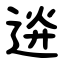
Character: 䢠